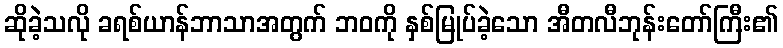
ဆိုခဲ့သလို ခရစ်ယာန်ဘာသာအတွက် ဘဝကို နှစ်မြုပ်ခဲ့သော အီတလီဘုန်းတော်ကြီး၏